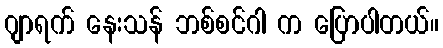
ဂျာရက် နေးသန် ဘစ်စင်ဂါ က ပြောပါတယ်။